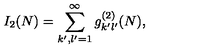
I _ { 2 } ( N ) = \sum _ { k ^ { \prime } , l ^ { \prime } = 1 } ^ { \infty } g _ { k ^ { \prime } l ^ { \prime } } ^ { ( 2 ) } ( N ) ,